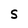
Character: S